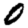
Digit: 0